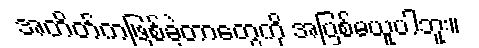
အတိတ်ကဖြစ်ခဲ့တာတွေကို အပြစ်မယူပါဘူး။